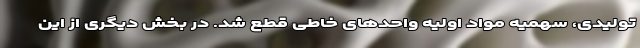
تولیدی، سهمیه مواد اولیه واحدهای خاطی قطع شد. در بخش دیگری از این